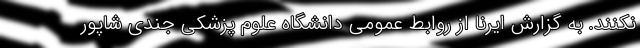
نکنند. به گزارش ایرنا از روابط عمومی دانشگاه علوم پزشکی جندی شاپور